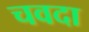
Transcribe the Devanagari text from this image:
चवदा